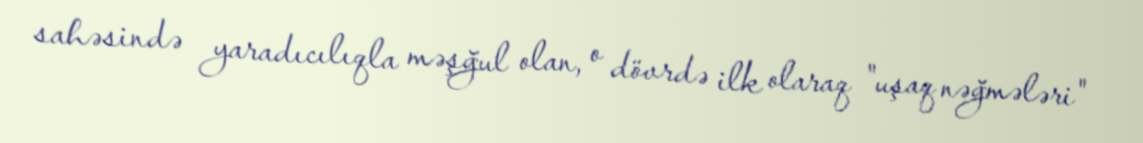
sahəsində yaradıcılıqla məşğul olan, o dövrdə ilk olaraq "uşaq nəğmələri"